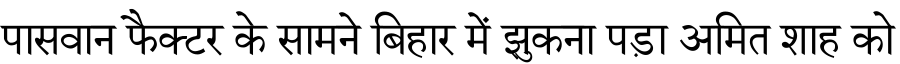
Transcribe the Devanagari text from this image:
पासवान फैक्टर के सामने बिहार में झुकना पड़ा अमित शाह को